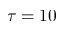
\tau = 1 0